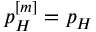
p _ { H } ^ { [ m ] } = p _ { H }